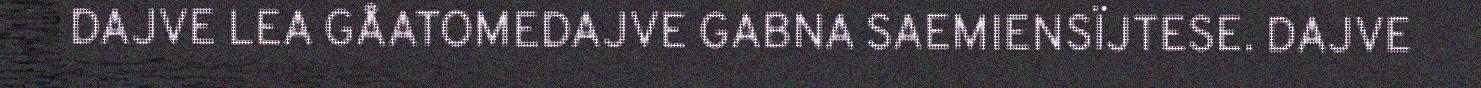
DAJVE LEA GÅATOMEDAJVE GABNA SAEMIENSÏJTESE. DAJVE